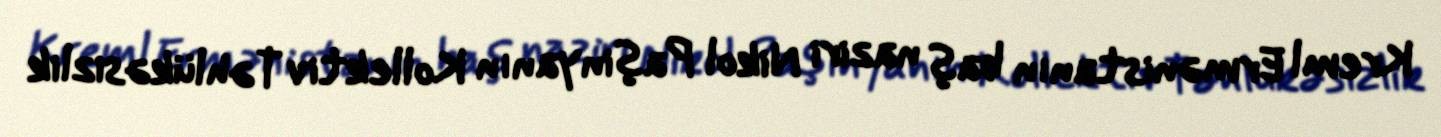
Kreml Ermənistanın baş naziri Nikol Paşinyanın Kollektiv Təhlükəsizlik